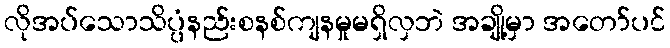
လိုအပ်သောသိပ္ပံနည်းစနစ်ကျနမှုမရှိလှဘဲ အချို့မှာ အတော်ပင်